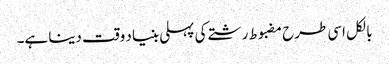
بالکل اسی طرح مضبوط رشتے کی پہلی بنیاد وقت دینا ہے۔